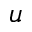
u